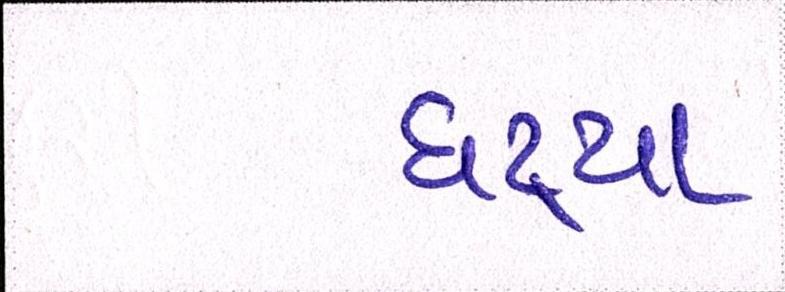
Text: ઘટ્યા